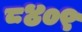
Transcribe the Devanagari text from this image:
८४०९